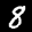
Label: 8